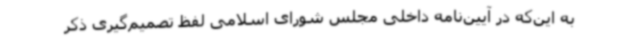
به این‌که در آیین‌نامه داخلی مجلس شورای اسلامی لفظ تصمیم‌گیری ذکر